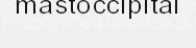
mastoccipital